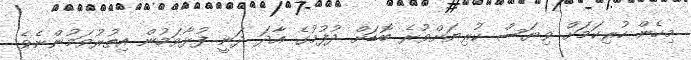
މިހެން ހުރިކަމަށް ވިޔަސް ކުރިޔަށްވުރެ ބޮޑަށް ދުފުމުގެ އާދަ ދަނީ ފުޅާވަމުން އިތުރުވަމުންނެވެ.